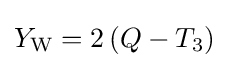
Y_{\text{W}}=2\,(Q-T_{3})